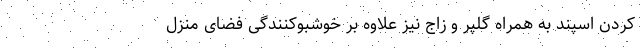
کردن اسپند به همراه گلپر و زاج نیز علاوه بر خوشبوکنندگی فضای منزل